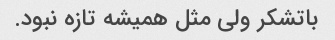
باتشکر ولی مثل همیشه تازه نبود.